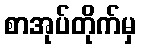
စာအုပ်တိုက်မှ